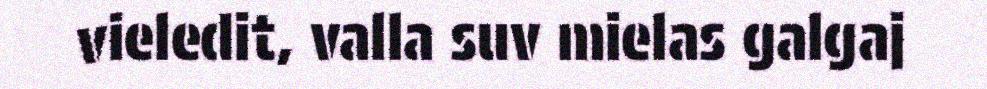
vieledit, valla suv mielas galgaj